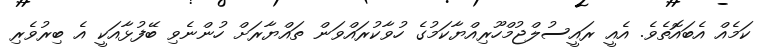
ކަމެއް އެބައޮތެވެ. އެއީ ރައީސުލްޖުމްހޫރިއްޔާކަމުގެ ހުވާކުރައްވަން ތައްޔާރަށް ހުންނެވި ބޭފުޅާއަކީ އެ ބިރުވެރި